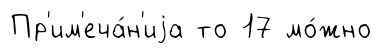
Пр'им'еча́н'иjа то 17 мо́жно